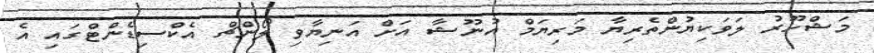
މަޝްހޫރު ލަވަކިޔުންތެރިޔާ މަރިޔަމް އުނޫޝާ އަށް އަނިޔާވި ލޯންޗް އެކްސިޑެންޓްގައި އެ